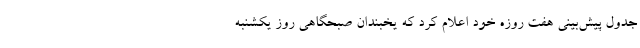
جدول پیش‌بینی هفت روزه خود اعلام کرد که یخبندان صبحگاهی روز یکشنبه